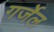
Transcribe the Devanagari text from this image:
गर्जेल